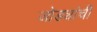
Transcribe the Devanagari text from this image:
जोड्यांची